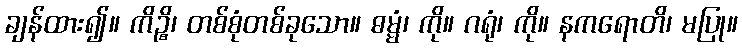
ချန်ထား၍။ ကိဉ္စိ၊ တစ်စုံတစ်ခုသော။ ဓမ္မံ၊ ကို။ ဂရုံ၊ ကို။ နကရောတိ၊ မပြု။